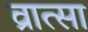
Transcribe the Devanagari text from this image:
व्रात्सा